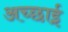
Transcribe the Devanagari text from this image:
अच्‍छाई